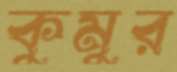
কুমুর